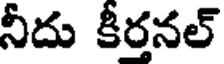
నీదు కీర్తనల్